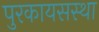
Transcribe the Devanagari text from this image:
पुरकायसस्था